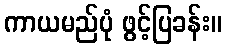
ကာယမည်ပုံ ဖွင့်ပြခန်း။